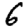
Digit: 6